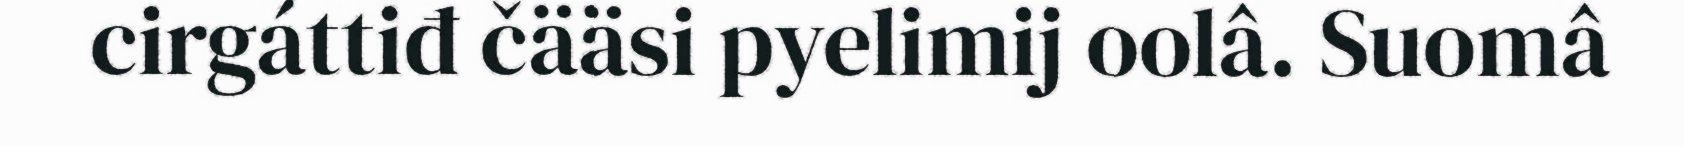
cirgáttiđ čääsi pyelimij oolâ. Suomâ